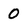
Character: 0